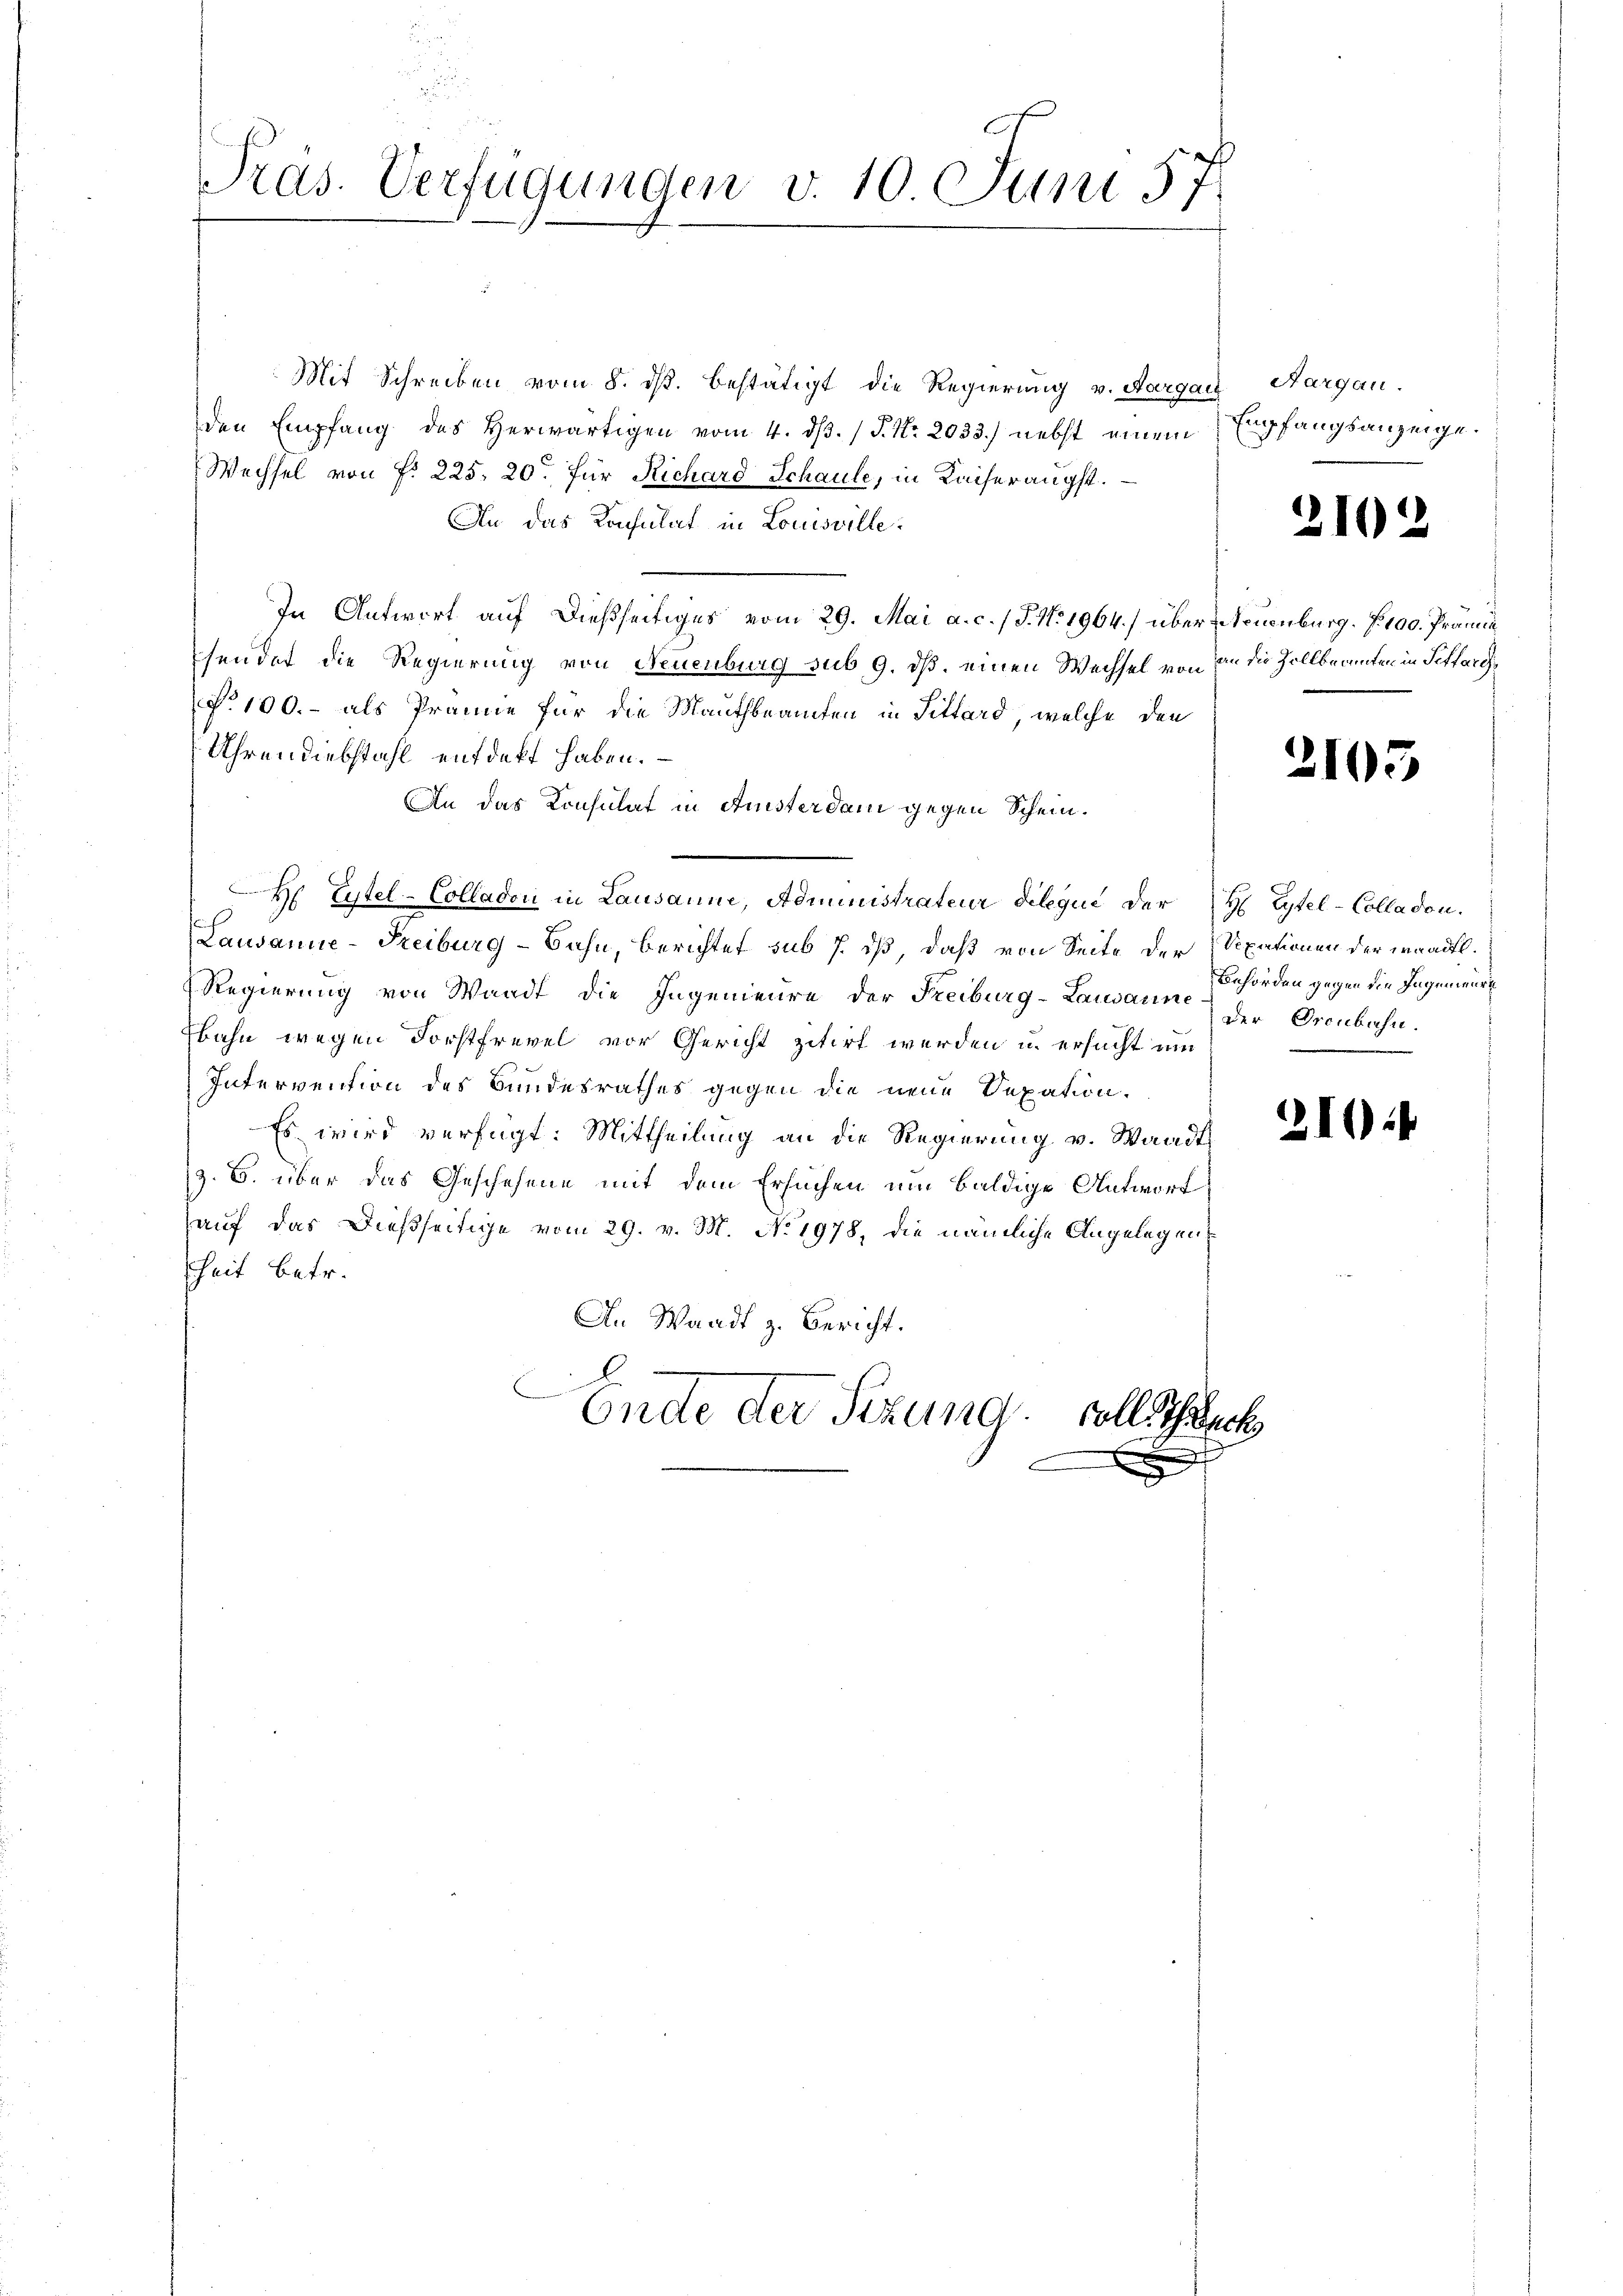
u
Pras. Verfügungen v. 10 Juni 57.

Mit Schreiben vom 8. ds. bestätigt die Regierung v. Aargau, Aargau.
den Empfang des Herwärtigen vom 4. dβ. / P. Nr. 2033.) nebst einem
Wechsel von f. 225. 20. für Richard Schaule, in Kaiserangst.
An das Konsulat in Louisville.
In Antwort auf dießseitiges vom 29. Mai a. c. / J. No. 1964.) über Neuenburg. S. 100. Prämie
sendet die Regierung von Neuenburg sub 9. dß. einen Wechsel von an die Zollbeamten in Schlarch¬
No 100.- als Prämie für die Mauthbeamten in Sittard, welche den
Uhrendiebstahl entdekt haben.
An das Konsulat in Amsterdam gegen Schein¬
H Eitel-Colladon in Lausanne, Administrateur Delegii der H. Eytel-Colladon.
ep
Lausanne-Freiburg-Bahn, Berichtet sub 1. ds, daß von Seite der Sexationen der waadtl.
Regierung von Waadt die Ingenieure der Freiburg-Lausanne der Orenbahn.
bahn wegen Forstfrevel vor Gericht zitirt werden u. ersucht um
Intervention des Bundesrathes gegen die neue Sepation.
Es wird verfügt: Mittheilung an die Regierung v. Waadt
(z. B. über das Geschehene mit dem Ersuchen um baldige Antwort
auf das dießseitige vom 29. v. M. No. 1978, die nämliche Angelegenheit betr.
An Waadt z. Bericht.
.
Ende der Sizung voll Schreck
e

Empfangsanzeige.

2102

2105

210:

Behörden gegen die Ingenieur